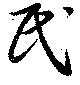
民